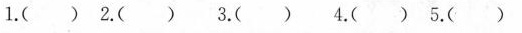
1.( ) 2.( ） 3.（） 4.（） 5.（）